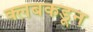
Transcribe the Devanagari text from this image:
क्‍लबकडून